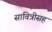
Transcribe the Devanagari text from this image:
सावित्रीसह